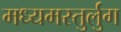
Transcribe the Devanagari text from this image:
मध्यमस्तुर्लुग